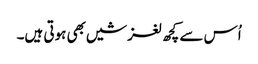
اُس سے کچھ لغزشیں بھی ہوتی ہیں۔